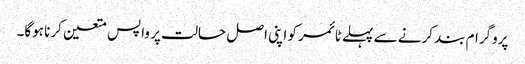
پروگرام بند کرنے سے پہلے ٹائمر کو اپنی اصل حالت پر واپس متعین کرنا ہوگا۔